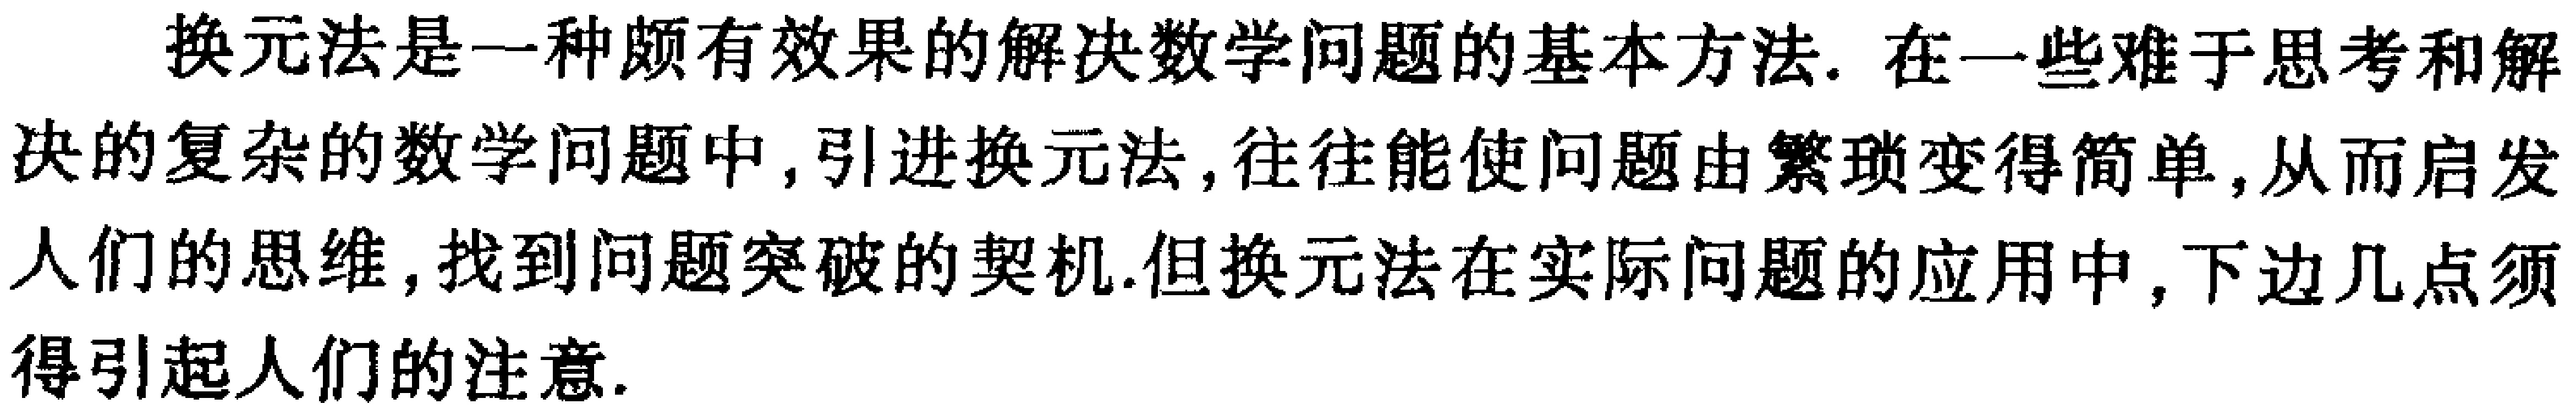
换元法是一种颇有效果的解决数学问题的基本方法. 在一些难于思考和解决的复杂的数学问题中, 引进换元法, 往往能使问题由繁琐变得简单, 从而启发人们的思维, 找到问题突破的契机. 但换元法在实际问题的应用中, 下边几点须得引起人们的注意.